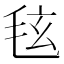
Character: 𪵚